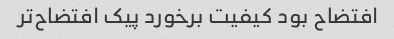
افتضاح بود کیفیت برخورد پیک افتضاح‌تر